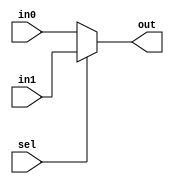
`timescale 1ns / 1ps
//////////////////////////////////////////////////////////////////////////////////
// Company: 
// Engineer: 
// 
// Design Name: 
// Module Name: Mux5
// Project Name: 
// Target Devices: 
// Tool Versions: 
// Description: 
// 
// Dependencies: 
// 
// Revision:
// Revision 0.01 - File Created
// Additional Comments:
// 
//////////////////////////////////////////////////////////////////////////////////


module Mux5(
    input sel,
    input [4:0] in1,
    input [4:0] in0,
    output [4:0] out
    );
    
    assign out = sel ? in1 : in0;
    
endmodule